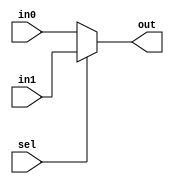
`timescale 1ns / 1ps
//////////////////////////////////////////////////////////////////////////////////
// Company: 
// Engineer: 
// 
// Design Name: 
// Module Name: Mux5
// Project Name: 
// Target Devices: 
// Tool Versions: 
// Description: 
// 
// Dependencies: 
// 
// Revision:
// Revision 0.01 - File Created
// Additional Comments:
// 
//////////////////////////////////////////////////////////////////////////////////


module Mux5(
    input sel,
    input [4:0] in1,
    input [4:0] in0,
    output [4:0] out
    );
    
    assign out = sel ? in1 : in0;
    
endmodule